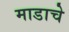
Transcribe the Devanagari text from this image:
माडाचे